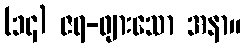
(၁၄) ဇရ-ဖျားသော အနာ။